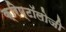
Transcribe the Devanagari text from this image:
क्रिप्टॉलोजी